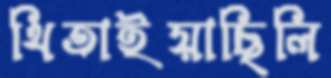
থিতাইয়াছিলি